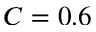
C = 0 . 6